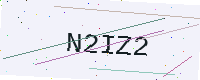
Text: N2IZ2